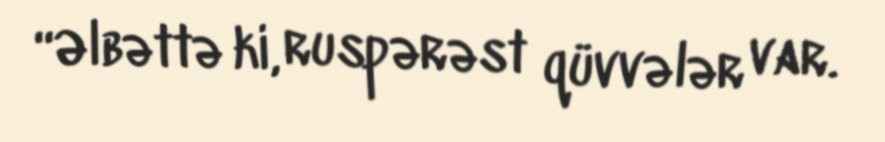
“Əlbəttə ki, ruspərəst qüvvələr var.